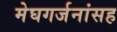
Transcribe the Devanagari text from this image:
मेघगर्जनांसह